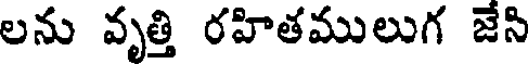
లను వృత్తి రహితములుగ జేసి